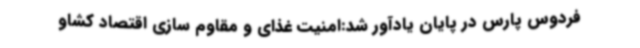
فردوس پارس در پایان یادآور شد:امنیت غذای و مقاوم سازی اقتصاد کشاو